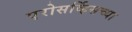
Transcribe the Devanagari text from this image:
एरोसर्व्हिसच्या